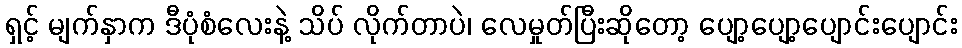
ရှင့် မျက်နှာက ဒီပုံစံလေးနဲ့ သိပ် လိုက်တာပဲ၊ လေမှုတ်ပြီးဆိုတော့ ပျော့ပျော့ပျောင်းပျောင်း